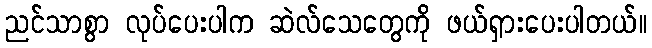
ညင်သာစွာ လုပ်ပေးပါက ဆဲလ်သေတွေကို ဖယ်ရှားပေးပါတယ်။